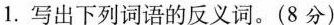
1.写出下列词语的反义词。(8分)